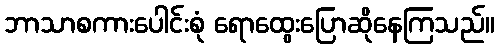
ဘာသာစကားပေါင်းစုံ ရောထွေးပြောဆိုနေကြသည်။